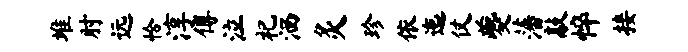
堆肘远恰淳傅泣祀洒灸珍依迤仗夔藩敲悴接